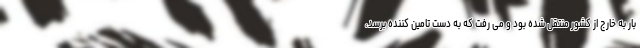
بار به خارج از کشور منتقل شده بود و می رفت که به دست تامین کننده برسد،